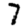
Digit: 7